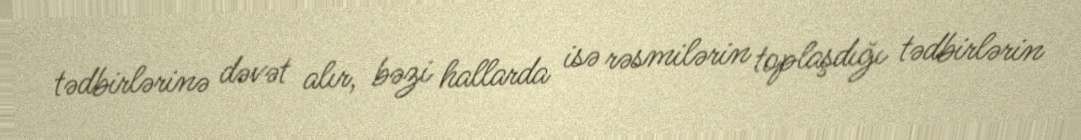
tədbirlərinə dəvət alır, bəzi hallarda isə rəsmilərin toplaşdığı tədbirlərin